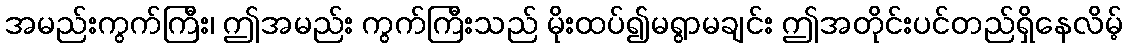
အမည်းကွက်ကြီး၊ ဤအမည်း ကွက်ကြီးသည် မိုးထပ်၍မရွာမချင်း ဤအတိုင်းပင်တည်ရှိနေလိမ့်